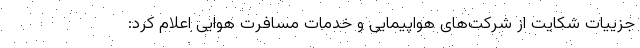
جزییات شکایت از شرکت‌های هواپیمایی و خدمات مسافرت هوایی اعلام کرد: